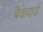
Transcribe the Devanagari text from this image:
बैकवार्ड